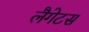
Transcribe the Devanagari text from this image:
लैगेटस